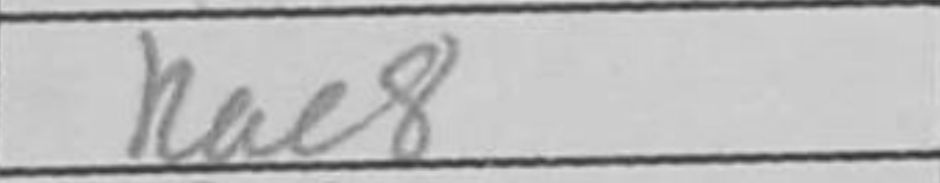
Transcription: Rac8